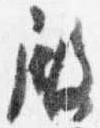
殿